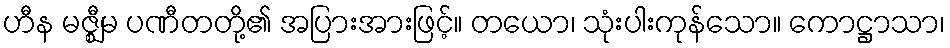
ဟီန မဇ္ဈီမ ပဏီတတို့၏ အပြားအားဖြင့်။ တယော၊ သုံးပါးကုန်သော။ ကောဋ္ဌာသာ၊